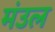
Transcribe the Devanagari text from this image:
मंउल